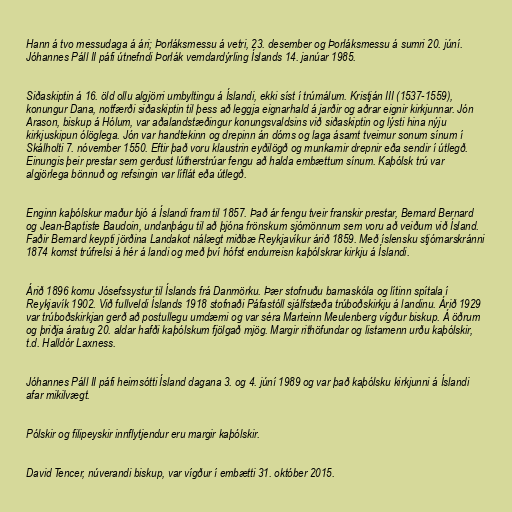
Hann á tvo messudaga á ári; Þorláksmessu á vetri, 23. desember og Þorláksmessu á sumri 20. júní.
Jóhannes Páll II páfi útnefndi Þorlák verndardýrling Íslands 14. janúar 1985.

Siðaskiptin á 16. öld ollu algjörri umbyltingu á Íslandi, ekki síst í trúmálum. Kristján III (1537-1559),
konungur Dana, notfærði siðaskiptin til þess að leggja eignarhald á jarðir og aðrar eignir kirkjunnar. Jón
Arason, biskup á Hólum, var aðalandstæðingur konungsvaldsins við siðaskiptin og lýsti hina nýju
kirkjuskipun ólöglega. Jón var handtekinn og drepinn án dóms og laga ásamt tveimur sonum sínum í
Skálholti 7. nóvember 1550. Eftir það voru klaustrin eyðilögð og munkarnir drepnir eða sendir í útlegð.
Einungis þeir prestar sem gerðust lútherstrúar fengu að halda embættum sínum. Kaþólsk trú var
algjörlega bönnuð og refsingin var líflát eða útlegð.

Enginn kaþólskur maður bjó á Íslandi fram til 1857. Það ár fengu tveir franskir prestar, Bernard Bernard
og Jean-Baptiste Baudoin, undanþágu til að þjóna frönskum sjómönnum sem voru að veiðum við Ísland.
Faðir Bernard keypti jörðina Landakot nálægt miðbæ Reykjavíkur árið 1859. Með íslensku stjórnarskránni
1874 komst trúfrelsi á hér á landi og með því hófst endurreisn kaþólskrar kirkju á Íslandi.

Árið 1896 komu Jósefssystur til Íslands frá Danmörku. Þær stofnuðu barnaskóla og lítinn spítala í
Reykjavík 1902. Við fullveldi Íslands 1918 stofnaði Páfastóll sjálfstæða trúboðskirkju á landinu. Árið 1929
var trúboðskirkjan gerð að postullegu umdæmi og var séra Marteinn Meulenberg vígður biskup. Á öðrum
og þriðja áratug 20. aldar hafði kaþólskum fjölgað mjög. Margir rithöfundar og listamenn urðu kaþólskir,
t.d. Halldór Laxness.

Jóhannes Páll II páfi heimsótti Ísland dagana 3. og 4. júní 1989 og var það kaþólsku kirkjunni á Íslandi
afar mikilvægt.

Pólskir og filipeyskir innflytjendur eru margir kaþólskir.

David Tencer, núverandi biskup, var vígður í embætti 31. október 2015.